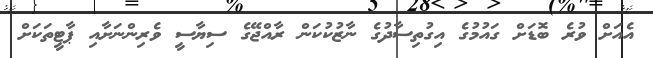
އެއަށް ވުރެ ބޮޑަށް ގައުމުގެ އިގުތިސާދުގެ ނާޒުކުކަން ރާއްޖޭގެ ސިޔާސީ ވެރިންނަށާއި ޕާޓީތަކަށް